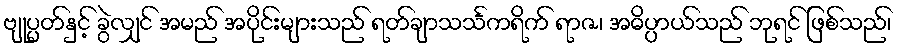
ဗျုပ္ပတ်နှင့် ခွဲလျှင် အမည် အပိုင်းများသည် ရတ်ချာသင်္သကရိက် ရာဇ၊ အဓိပ္ပာယ်သည် ဘုရင် ဖြစ်သည်၊